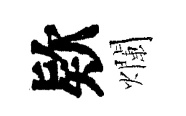
欵爛